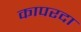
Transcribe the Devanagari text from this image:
कापरदा